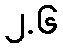
၂.၆